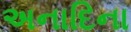
અનાદિના